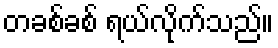
တခစ်ခစ် ရယ်လိုက်သည်။